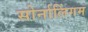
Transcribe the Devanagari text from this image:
सोर्नालिंगम